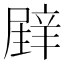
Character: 𲅇